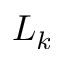
L _ { k }